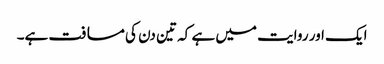
ایک اور روایت میں ہے کہ تین دن کی مسافت ہے۔